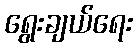
ရွေးချယ်ရေး